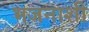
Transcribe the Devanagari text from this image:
भजनाशी